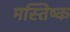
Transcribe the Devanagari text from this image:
मस्‍तिष्क